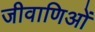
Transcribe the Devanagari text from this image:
जीवाणिओं